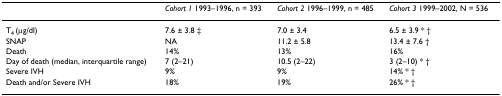
|  | Cohort 1 1993–1996, n = 393 | Cohort 2 1996–1999, n = 485 | Cohort 3 1999–2002, N = 536 |
 | --- | --- | --- | --- |
 | T4 (μg/dl) | 7.6 ± 3.8 ‡ | 7.0 ± 3.4 | 6.5 ± 3.9 * † |
 | SNAP | NA | 11.2 ± 5.8 | 13.4 ± 7.6 † |
 | Death | 14% | 13% | 16% |
 | Day of death (median, interquartile range) | 7 (2–21) | 10.5 (2–22) | 3 (2–10) * † |
 | Severe IVH | 9% | 9% | 14% * † |
 | Death and/or Severe IVH | 18% | 19% | 26% * † |